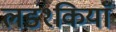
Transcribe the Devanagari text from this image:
लड१कियाँ